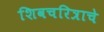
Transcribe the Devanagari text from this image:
शिवचरित्राचे